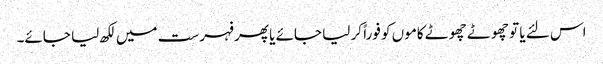
اس لئے یا تو چھوٹے چھوٹے کاموں کو فوراً کر لیا جائے یا پھر فہرست میں لکھ لیا جائے۔